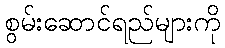
စွမ်းဆောင်ရည်များကို